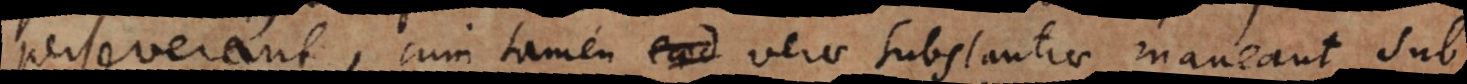
perseverant, cum tamen verae substantiae maneant sub